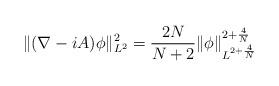
LaTeX: \begin{align*}\|(\nabla-iA) \phi\|^2_{L^2} = \frac{2N}{N+2} \|\phi\|^{2+\frac{4}{N}}_{L^{2+\frac{4}{N}}}\end{align*}